Calcutta medical institutions reports 1871-78
Year: 1871
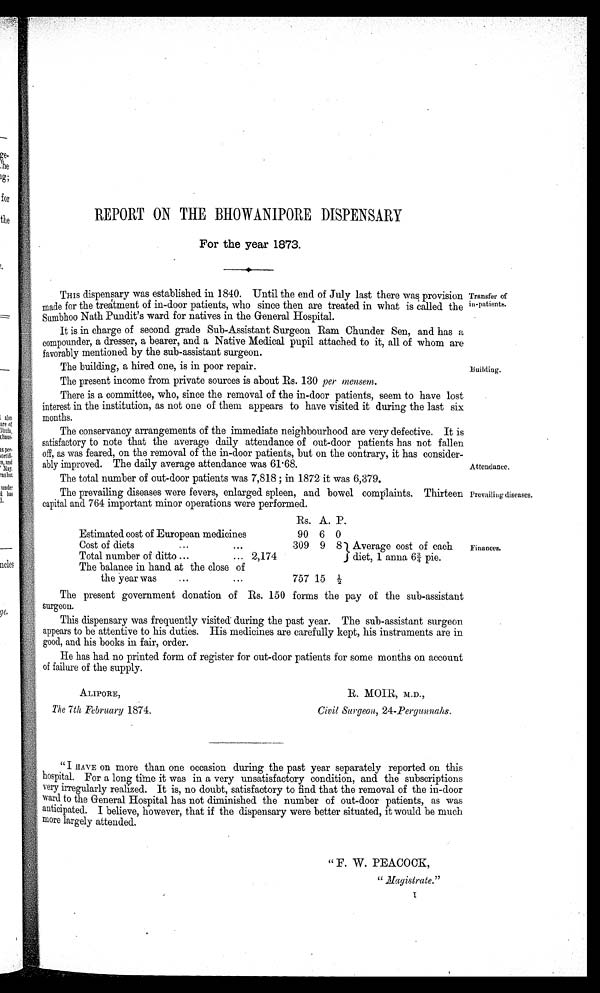
Attendance.
Prevailing diseases.
ALIP0RE,
The 7th February 1874.
R. MOIR, M.D.,
Civil Surgeon, 24-Pergunnahs.
REPORT ON THE BHOWANIPORE DISPENSARY
For the year 1873.
THIS dispensary was established in 1840. Until the end of July last there was provision
made for the treatment of in-door patients, who since then are treated in what is called the
Sumbhoo Nath Pundit's ward for natives in the General Hospital.
It is in charge of second grade Sub-Assistant Surgeon Ram Chunder Sen, and has a
compounder, a dresser, a bearer, and a Native Medical pupil attached to it, all of whom are
favorably mentioned by the sub-assistant surgeon.
The building, a hired one, is in poor repair.
The present income from private sources is about Rs. 130 per mensem.
There is a committee, who, since the removal of the in-door patients, seem to have lost
interest in the institution, as not one of them appears to have visited it during the last six
months.
The conservancy arrangements of the immediate neighbourhood are very defective. It is
satisfactory to note that the average daily attendance of out-door patients has not fallen
off, as was feared, on the removal of the in-door patients, but on the contrary, it has consider-
ably improved. The daily average attendance was 61.68.
The total number of out-door patients was 7,818 ; in 1872 it was 6,379.
The prevailing diseases were fevers, enlarged spleen, and bowel complaints. Thirteen
capital and 764 important minor operations were performed.
Rs. A. P.
Estimated cost of European medicines
90 6 0
Cost of diets
...
...
309 9 81 Average cost of each
diet, 1 anna 63/4 pie.
Total number of ditto ...
... 2,174
The balance in hand at the close of
the year was
... ...
757 15 1/2
The present government donation of Rs. 150 forms the pay of the sub-assistant
surgeon.
This dispensary was frequently visited during the past year. The sub-assistant surgeon
appears to be attentive to his duties. His medicines are carefully kept, his instruments are in
good, and his books in fair, order.
He has had no printed form of register for out-door patients for some months on account
of failure of the supply.
Transfer of
in-patients.
Building.
Finances.
" I HAVE on more than one occasion during the past year separately reported on this
hospital. For a long time it was in a very unsatisfactory condition, and the subscriptions
very irregularly realized. It is, no doubt, satisfactory to find that the removal of the in-door
ward to the General Hospital has not diminished the number of out-door patients, as was
anticipated. I believe, however, that if the dispensary were better situated, it would be much
more largely attended.
" F. W. PEACOCK,
" Magistrate."